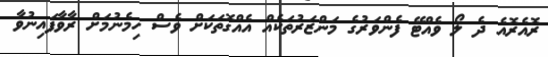
ރޮއެރޮއެ ދެ ލޯ ވެއްޓޭ ފެންވަރުގެ މަންޒަރުތަކެއް އެއްގޮތަކަށް ވެސް ހިމެނުމަށް ރާވާފައިނުވާ